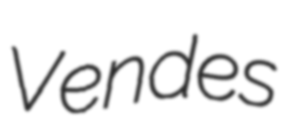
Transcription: Vendes